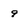
Character: 9